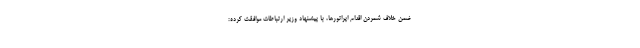
ضمن خلاف شمردن اقدام اپراتورها، با پیشنهاد وزیر ارتباطات موافقت کرده: